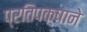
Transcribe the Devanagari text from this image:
प्रतिपक्षाने